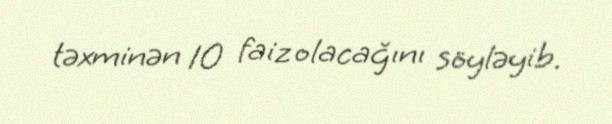
təxminən 10 faiz olacağını söyləyib.